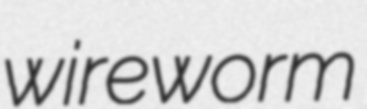
wireworm